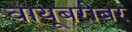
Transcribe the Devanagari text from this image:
वायूबरोबर